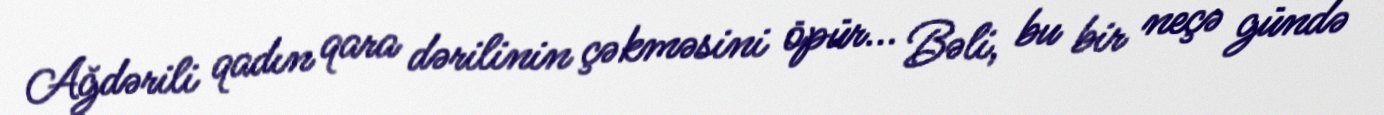
Ağdərili qadın qara dərilinin çəkməsini öpür... Bəli, bu bir neçə gündə